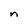
Character: n